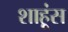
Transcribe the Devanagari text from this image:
शाहूंस